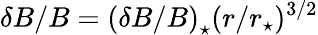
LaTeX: \delta B/B=\left(\delta B/B\right)_{\star}(r/r_{\star})^{3/2}